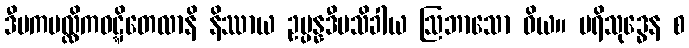
ဒီပကပလ္လိကဝဋ္ဋိတေလာနိ နိဿာယ ဥပ္ပန္နဒီပသိခါယ ဩဘာသော ဝိယ။ ပရိသုဒ္ဓေန စ